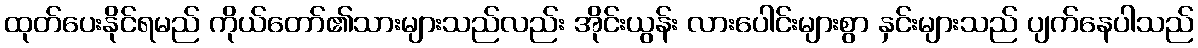
ထုတ်ပေးနိုင်ရမည် ကိုယ်တော်၏သားများသည်လည်း အိုင်းယွန်း လားပေါင်းများစွာ နှင်းများသည် ပျက်နေပါသည်